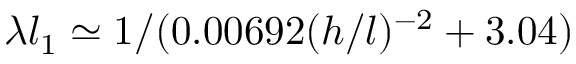
\lambda l _ { 1 } \simeq 1 / ( 0 . 0 0 6 9 2 ( h / l ) ^ { - 2 } + 3 . 0 4 )